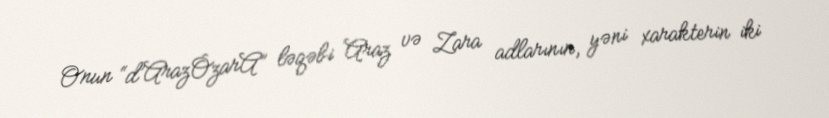
Onun “d’ArazÔzarA” ləqəbi Araz və Zara adlarının, yəni xarakterin iki